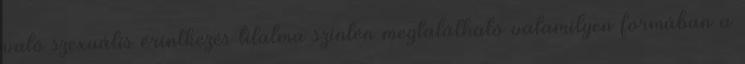
való szexuális érintkezés tilalma szintén megtalálható valamilyen formában a